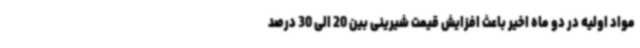
مواد اولیه در دو ماه اخیر باعث افزایش قیمت شیرینی بین 20 الی 30 درصد